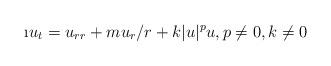
LaTeX: \begin{align*}\i u_t=u_{rr} +m u_r/r +k|u|^p u,p\neq 0,k\neq 0\end{align*}